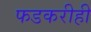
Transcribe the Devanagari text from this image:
फडकरीही